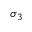
\sigma _ { 3 }